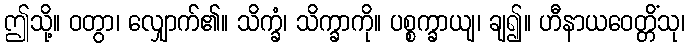
ဤသို့။ ဝတွာ၊ လျှောက်၏။ သိက္ခံ၊ သိက္ခာကို။ ပစ္စက္ခာယျ၊ ချ၍။ ဟီနာယဝေတ္တိံသု၊